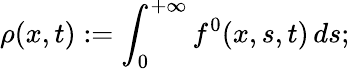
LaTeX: \rho(x,t):=\int_{0}^{+\infty}f^{0}(x,s,t)\, ds;